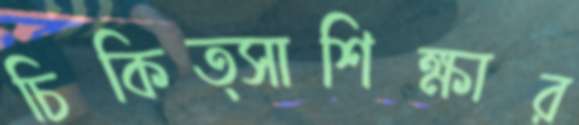
চিকিত্সাশিক্ষার